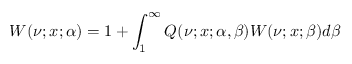
W ( \nu ; x ; \alpha ) = 1 + \int _ { 1 } ^ { \infty } Q ( \nu ; x ; \alpha , \beta ) W ( \nu ; x ; \beta ) d \beta